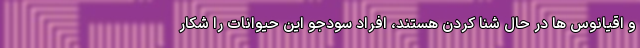
و اقیانوس ها در حال شنا کردن هستند، افراد سودجو این حیوانات را شکار